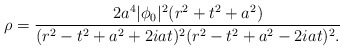
\begin{align*}\rho = {2 a^4 |\phi_0|^2 (r^2+t^2+a^2)\over(r^2-t^2+a^2+2iat)^2(r^2-t^2+a^2-2iat)^2.}\end{align*}